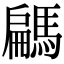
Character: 騗